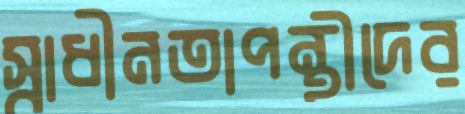
স্বাধীনতাপন্থীদের